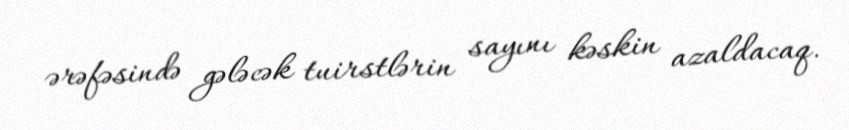
ərəfəsində gələcək tuirstlərin sayını kəskin azaldacaq.